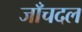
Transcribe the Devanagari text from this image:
जाँचदल